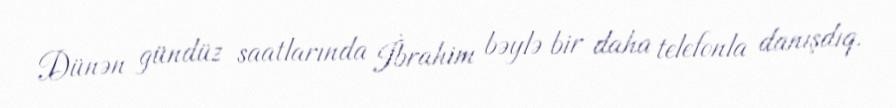
Dünən gündüz saatlarında İbrahim bəylə bir daha telefonla danışdıq.